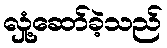
လှုံ့ဆော်ခဲ့သည်